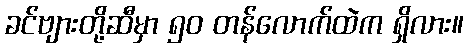
ခင်ဗျားတို့ဆီမှာ ၅၀ တန်လောက်ထဲက ရှိလား။